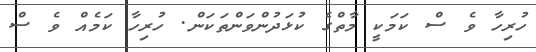
ހުރިހާ ވެ ސް ކަމަކީ މާތްގެ ކުޅަދުންވަންތަކަން. ހުރިހާ ކަމެއް ވެ ސް